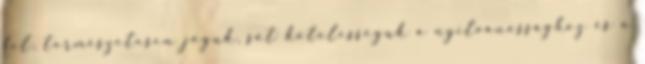
fel, természetesen joguk, sőt kötelességük a nyilvánossághoz és a